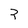
Character: 3